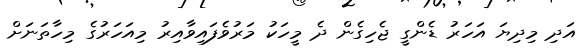
އަދި މިދިޔަ އަހަރު ޑެންގީ ޖެހިގެން ދެ މީހަކު މަރުވެފައިވާއިރު މިއަހަރުގެ މިހާތަނަށް